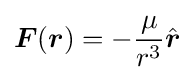
{\boldsymbol {F}}({\boldsymbol {r}})=-{\frac {\mu }{r^{3}}}{\hat {\boldsymbol {r}}}